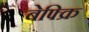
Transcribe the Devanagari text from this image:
बेफ्क्रि